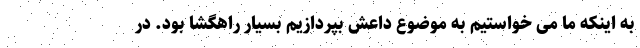
به اینکه ما می خواستیم به موضوع داعش بپردازیم بسیار راهگشا بود. در